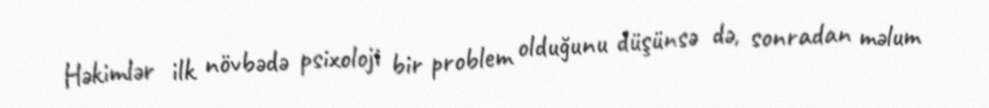
Həkimlər ilk növbədə psixoloji bir problem olduğunu düşünsə də, sonradan məlum